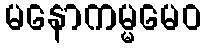
မနောကမ္မမေဝ